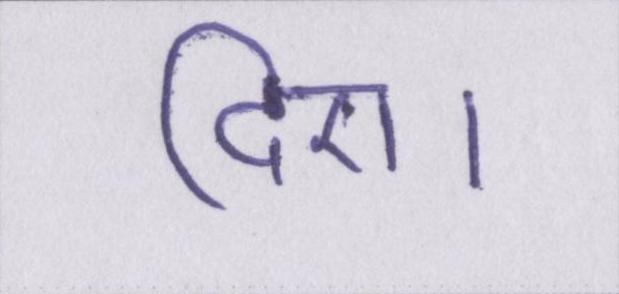
दिए।